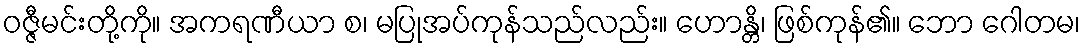
ဝဇ္ဇီမင်းတို့ကို။ အကရဏီယာ စ၊ မပြုအပ်ကုန်သည်လည်း။ ဟောန္တိ၊ ဖြစ်ကုန်၏။ ဘော ဂေါတမ၊